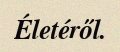
Életéről.